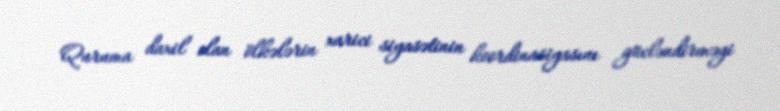
Quruma daxil olan ölkələrin xarici siyasətinin koordinasiyasını gücləndirməyi